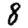
Digit: 8